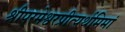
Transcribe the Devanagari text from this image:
श्रीपरमेश्वरप्रीत्यर्थमिमां